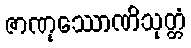
ဇာဏုဿောဏိသုတ္တံ